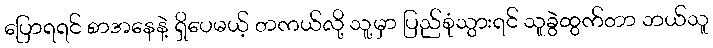
ပြောရရင် စာအနေနဲ့ ရှိပေမယ့် တကယ်လို့ သူ့မှာ ပြည်စုံသွားရင် သူခွဲထွက်တာ ဘယ်သူ